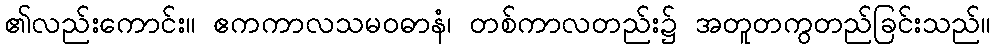
၏လည်းကောင်း။ ဧကကာလသမဝဓာနံ၊ တစ်ကာလတည်း၌ အတူတကွတည်ခြင်းသည်။